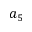
a _ { 5 }